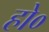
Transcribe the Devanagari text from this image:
हो०